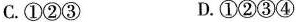
C.①②③ D.①②③④